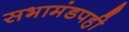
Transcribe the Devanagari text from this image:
सभामंडपही